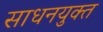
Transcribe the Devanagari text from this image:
साधनयुक्त